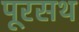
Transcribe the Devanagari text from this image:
पूरसथ